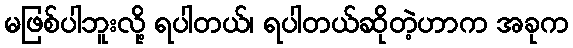
မဖြစ်ပါဘူးလို့ ရပါတယ်၊ ရပါတယ်ဆိုတဲ့ဟာက အခုက